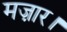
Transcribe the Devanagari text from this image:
मज़ार।